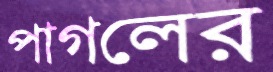
পাগলের